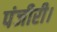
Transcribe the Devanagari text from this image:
पंजीरी।